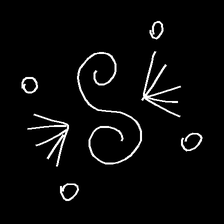
Glyph: aeroform